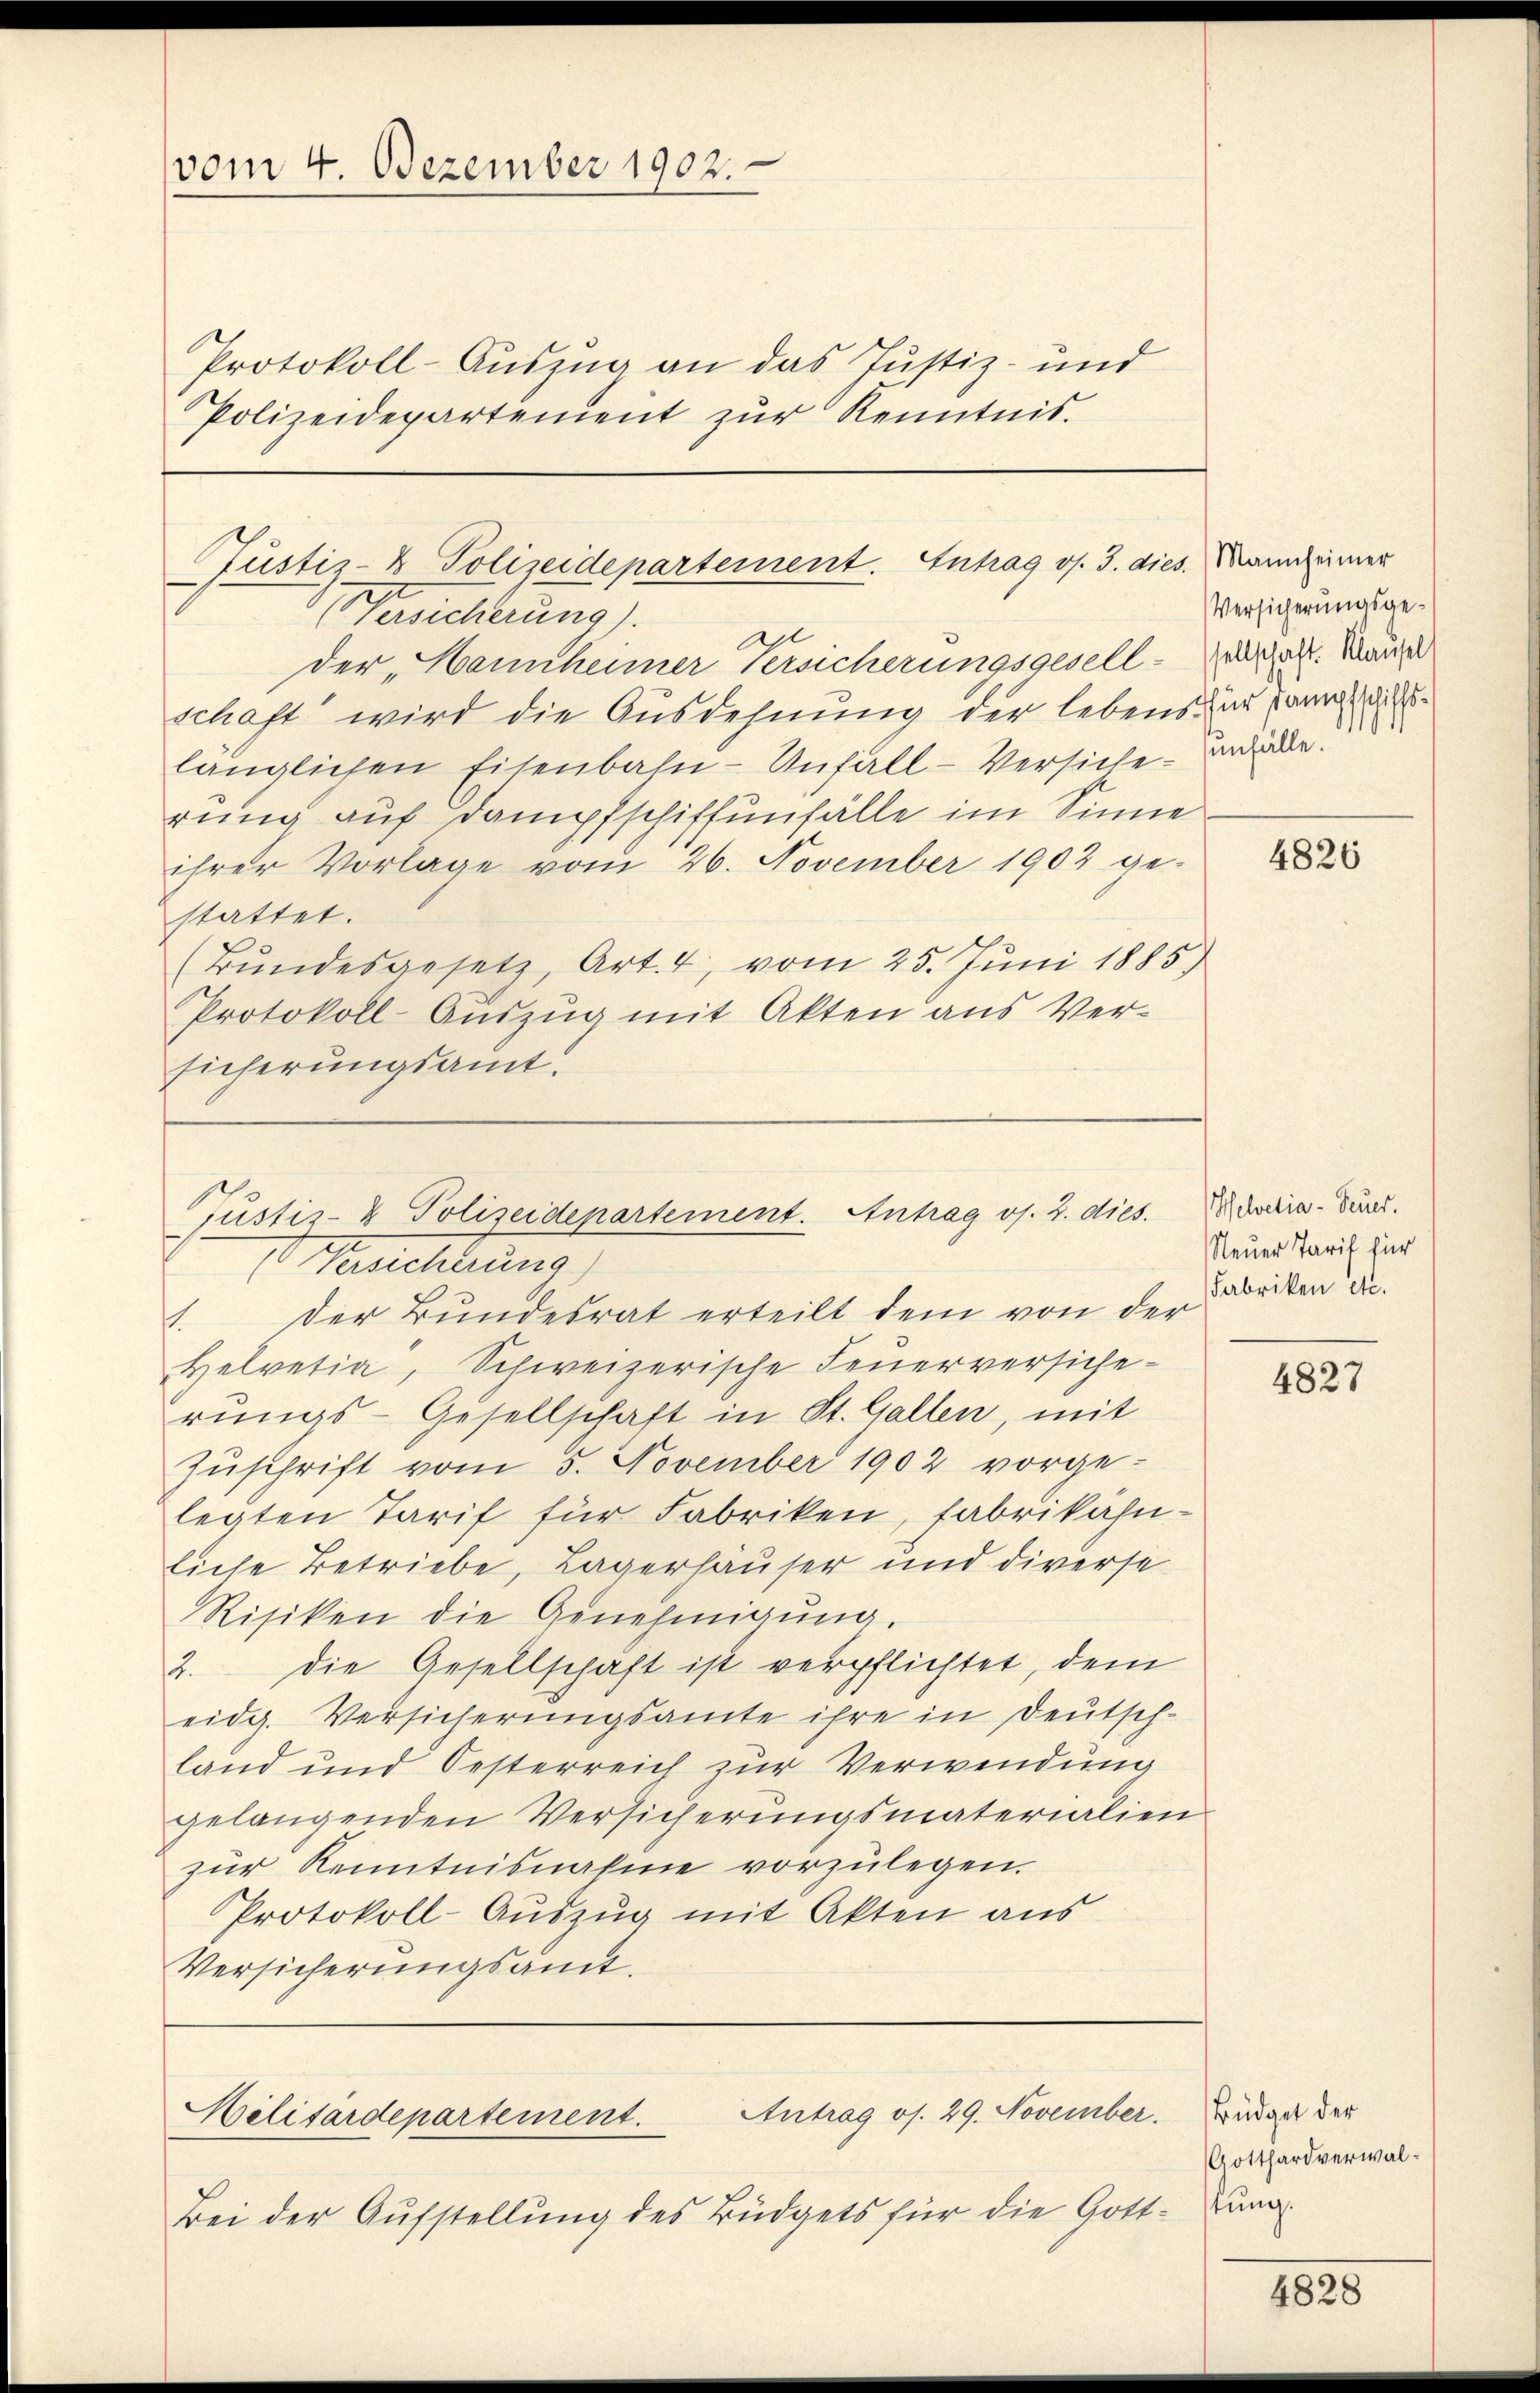
vom 4. Dezember 1902.

Protokoll-Auszug an das Justiz- und
Polizeidepartement zŭr Kenntnis.

Justiz- & Polizeidepartement. Antrag os. 3. dies. Mannheimer

Gustiz- & Polizeidepartement. Antrag os. 2. dies.

ersicherung).
der Hannheimer Versicherungsgesell-Parzelt. Mange
schaft wird die Ausdehnung der lebens zur an die
länglichen Eisenbahn-Unfall-Versiche de
rung auf Dampfschiffunfälle im Sinne
ihrer Vorlage vom 26. November 1902 ge-
stattet.
(Bŭndesgesetz, Art. 4, vom 25. Juni 1885)
Protokoll-Auszug mit Akten aus Versicherungsamt.

Antrag os. 29. November.
Militärdepartement.

Bei der Aufstellung des Büdgets für die Gott¬

Versicherungsge¬

Versicherung)
1. Der Bundesrat erteilt dem von der
Helvetia, Schweizerische Feŭerversiche-
rungs-Gesellschaft in St. Gallen, mit
Zuschrift vom 5. November 1902 vorgelegten Tarif für Fabriken, fabrikahnliche Betriebe, Lagerhauser und diverse
Risiken die Genehmigung.
2. die Gesellschaft ist verpflichtet, dem
eidg. Versicherungsamte ihre in Deutschland und Oesterreich zŭr Verwendung
gelangenden Versicherungsmaterialien
zŭr Kenntnisnahme vorzŭlegen.
Protokoll-Auszug mit Akten aus
Versicherungsamt.

4826

Helvetia - Feuer.
Neuer Tarif für
Fabriken etc.

4827

Büdget der
Gotthardverwalstung.

4828